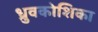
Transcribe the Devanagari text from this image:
ध्रुवकोशिका